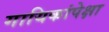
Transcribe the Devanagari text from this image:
गायिकांपेक्षा